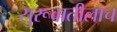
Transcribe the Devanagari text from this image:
सुरूवातीलाच